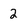
Character: 2